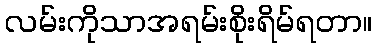
လမ်းကိုသာအရမ်းစိုးရိမ်ရတာ။